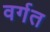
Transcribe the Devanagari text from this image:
वर्गत